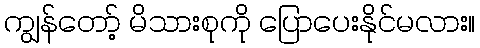
ကျွန်တော့် မိသားစုကို ပြောပေးနိုင်မလား။